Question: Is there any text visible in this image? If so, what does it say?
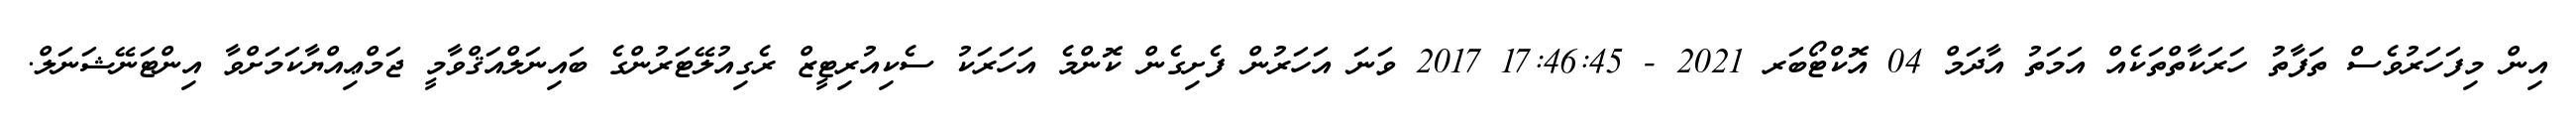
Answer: އިން މިފަހަރުވެސް ތަފާތު ހަރަކާތްތަކެއް އަމަތު އާދަމް 04 އޮކްޓޯބަރ 2021 - 17:46:45 2017 ވަނަ އަހަރުން ފެށިގެން ކޮންމެ އަހަރަކު ސެކިއުރިޓީޒް ރެގިއުލޭޓަރުންގެ ބައިނަލްއަޤްވާމީ ޖަމްޢިއްޔާކަމަށްވާ އިންޓަނޭޝަނަލް.